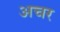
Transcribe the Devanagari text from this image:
अचर